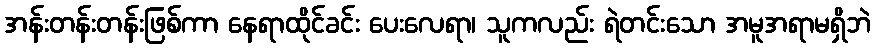
အန်းတန်းတန်းဖြစ်ကာ နေရာထိုင်ခင်း ပေးလေရာ၊ သူကလည်း ရဲတင်းသော အမူအရာမရှိဘဲ